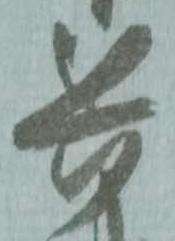
兵